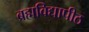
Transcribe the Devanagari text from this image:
ब्रह्मविद्यापीठ